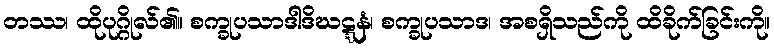
တဿ၊ ထိုပုဂ္ဂိုလ်၏။ စက္ခုပသာဒါဒိဃဋ္ဋနံ၊ စက္ခုပသာဒ၊ အစရှိသည်ကို ထိခိုက်ခြင်းကို။